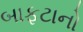
બાફટાનો